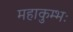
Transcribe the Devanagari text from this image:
महाकुम्भः